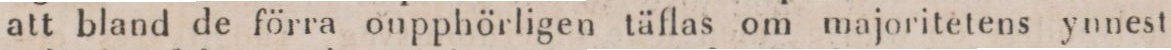
att bland de förra oupphörligen täflas om majoritetens yunest